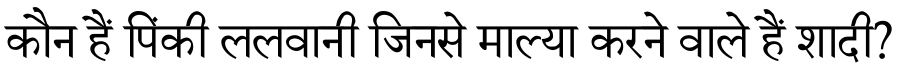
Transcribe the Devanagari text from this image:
कौन हैं पिंकी ललवानी जिनसे माल्या करने वाले हैं शादी?